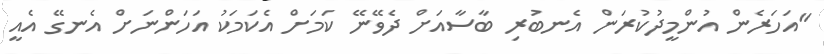
"އަހަރެން އުންމީދުކުރަން އެނބުރި ބާސާއަށް ދެވޭނޭ ކަމަށް އެކަމަކު އަަހަންނަށް އެނގޭ އެއީ